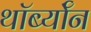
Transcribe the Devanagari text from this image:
थॉर्ब्यॉन